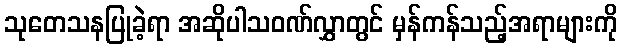
သုတေသနပြုခဲ့ရာ အဆိုပါသဝဏ်လွှာတွင် မှန်ကန်သည့်အရာများကို